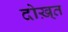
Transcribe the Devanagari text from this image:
दोख़्त